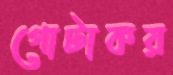
গোটাকয়